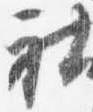
社